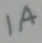
Text: 1A